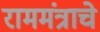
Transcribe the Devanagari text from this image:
राममंत्राचे